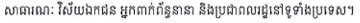
សាធារណៈ វិស័យឯកជន អ្នកពាក់ព័ន្ធនានា និងប្រជាពលរដ្ឋនៅទូទាំងប្រទេស។